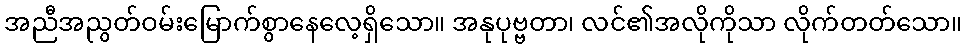
အညီအညွတ်ဝမ်းမြောက်စွာနေလေ့ရှိသော။ အနုပုဗ္ဗတာ၊ လင်၏အလိုကိုသာ လိုက်တတ်သော။